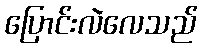
ပြောင်းလဲလေသည်